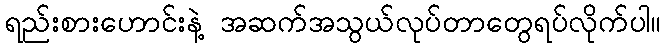
ရည်းစားဟောင်းနဲ့ အဆက်အသွယ်လုပ်တာတွေရပ်လိုက်ပါ။